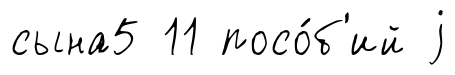
сына5 11 посо́б'ий j